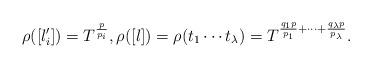
LaTeX: \begin{align*}\rho([l_i'])=T^{\frac{p}{p_i}}, \rho([l])=\rho(t_1\cdots t_{\lambda})=T^{\frac{q_1p}{p_1}+\cdots +\frac{q_{\lambda}p}{p_{\lambda}}}.\end{align*}